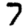
Digit: 7